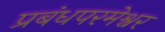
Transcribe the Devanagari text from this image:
प्रबंधपरमेश्वर